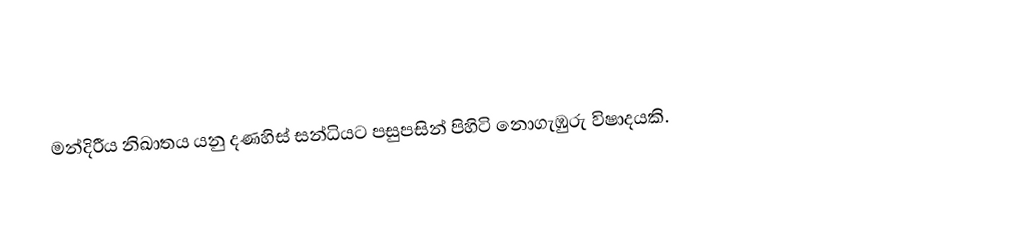
මන්දිරීය නිඛාතය  යනු දණහිස් සන්ධියට පසුපසින් පිහිටි නොගැඹුරු විෂාදයකි.